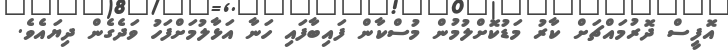
އޮފީސް ދޮރުމައްޗަށް ކާރު މަޑުކޮށްލުމުން މުސްކާން ފައިބާފައި ހަނާ އަޅާލުމަށްފަހު ވަދެގެން ދިޔައެވެ.